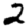
Digit: 2